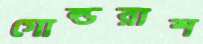
গোল্ডরাশ